Indian journal of veterinary science and animal husbandry - Volumes 22-23, 1952-1953
Year: 1952
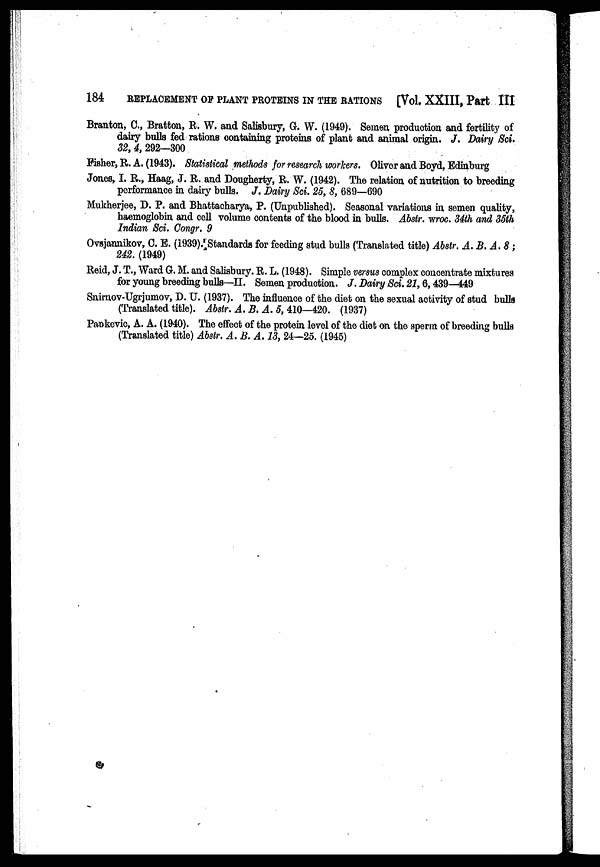
184
REPLACEMENT OF PLANT PROTEINS IN THE RATIONS [Vol. XXIII, Part III
Branton, C., Bratton, R. W. and Salisbury, G. W. (1949). Semen production and fertility of
dairy bulls fed rations containing proteins of plant and animal origin. J. Dairy Sci.
32, 4, 292—300
Fisher, R. A. (1943). Statistical methods for research workers. Oliver and Boyd, Edinburg
Jones, I. R., Haag, J. R. and Dougherty, R. W. (1942). The relation of nutrition to breeding
performance in dairy bulls. J. Dairy Sci. 25, 8, 689—690
Mukherjee, D. P. and Bhattacharya, P. (Unpublished). Seasonal variations in semen quality,
haemoglobin and cell volume contents of the blood in bulls. Abstr. wroc. 34th and 35th
Indian Sci. Congr. 9
Ovsjannikov, C. E. (1939). Standards for feeding stud bulls (Translated title) Abstr. A. B. A. 8;
242. (1949)
Reid, J. T., Ward G. M. and Salisbury. R. L. (1948). Simple versus complex concentrate mixtures
for young breeding bulls—II. Semen production. J. Dairy Sci. 21, 6, 439—449
Snirnov-Ugrjumov, D. U. (1937). The influence of the diet on the sexual activity of stud bulls
(Translated title). Abstr. A. B. A. 5, 410—420. (1937)
Pankevic, A. A. (1940). The effect of the protein level of the diet on the sperm of breeding bulls
(Translated title) Abstr. A. B. A. 13, 24—25. (1945)